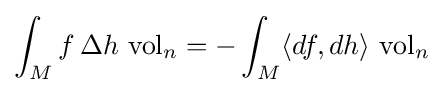
\int _{M}f\,\Delta h\,\operatorname {vol} _{n}=-\int _{M}\langle df,dh\rangle \,\operatorname {vol} _{n}